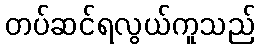
တပ်ဆင်ရလွယ်ကူသည်